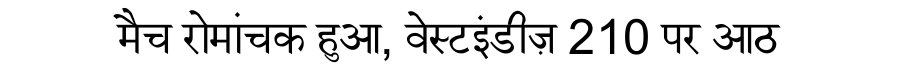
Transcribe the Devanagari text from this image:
मैच रोमांचक हुआ, वेस्टइंडीज़ 210 पर आठ